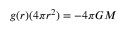
g ( r ) ( 4 \pi r ^ { 2 } ) = - 4 \pi G M